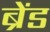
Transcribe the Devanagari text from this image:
ब्रेंड